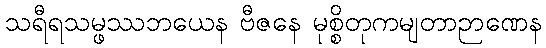
သရီရသမ္ဖဿဘယေန ဗီဇနေ မုစ္စိတုကမျတာဉာဏေန